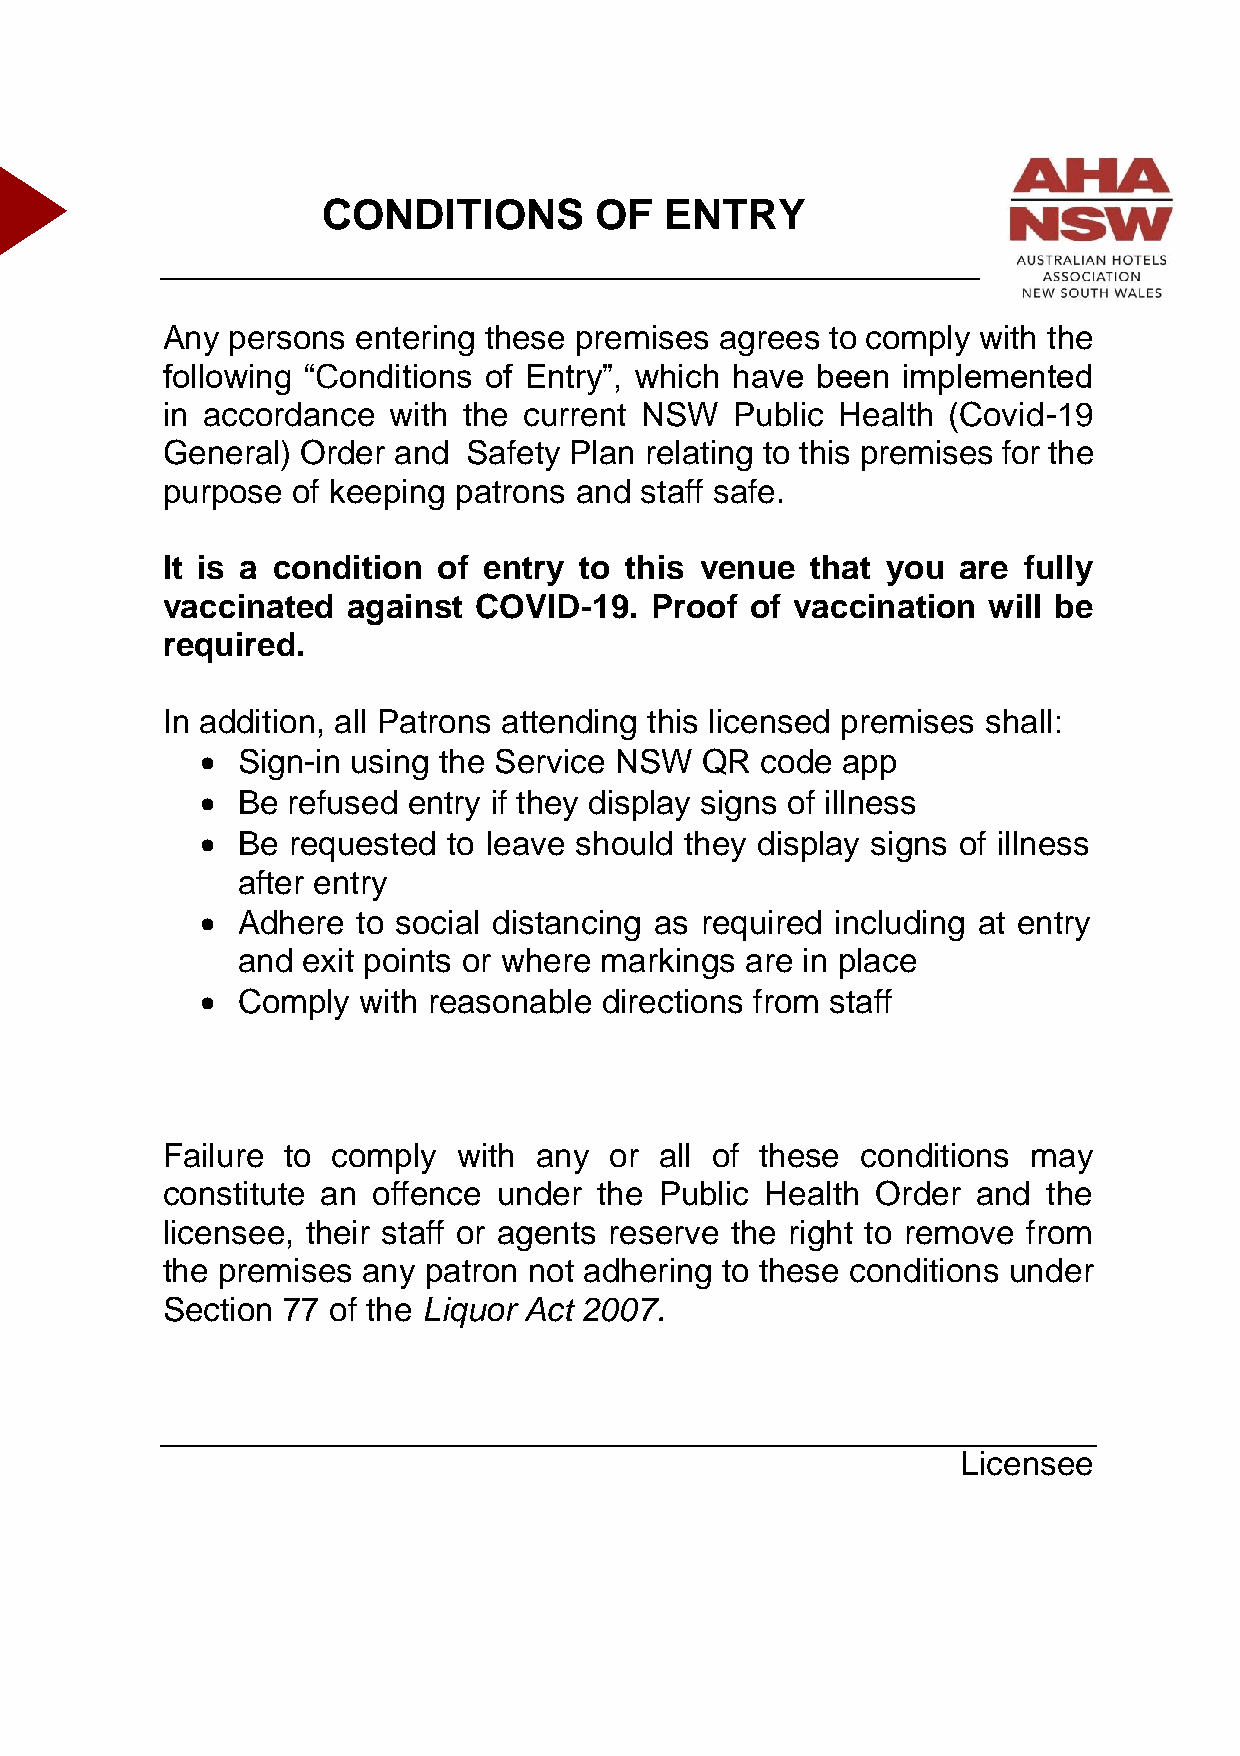
CONDITIONS        OF   ENTRY
 Any persons  entering these premises agrees to comply with the
 following “Conditions of Entry”, which have been implemented
 in accordance  with the current NSW   Public Health (Covid-19
 General) Order and  Safety Plan relating to this premises for the
 purpose of keeping patrons and staff safe.
 It is a condition of entry to this venue   that you are  fully
 vaccinated  against COVID-19.   Proof  of vaccination will be
 required.
 In addition, all Patrons attending this licensed premises shall:
 •  Sign-in using the Service NSW QR  code  app
 •  Be refused entry if they display signs of illness
 •  Be requested  to leave should they display signs of illness
 after entry
 •  Adhere  to social distancing as required including at entry
 and exit points or where markings are in place
 •  Comply  with reasonable directions from staff
 Failure to comply  with any  or  all of these conditions may
 constitute an offence under  the Public Health Order  and the
 licensee, their staff or agents reserve the right to remove from
 the premises any patron not adhering to these conditions under
 Section 77 of the Liquor Act 2007.
 Licensee